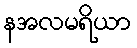
နအလမရိယာ